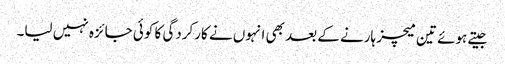
جیتے ہوئے تین میچز ہارنے کے بعد بھی انہوں نے کارکردگی کا کوئی جائزہ نہیں لیا۔